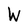
Character: W